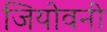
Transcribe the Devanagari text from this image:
जियोवनी